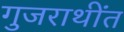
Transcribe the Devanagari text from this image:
गुजराथींत